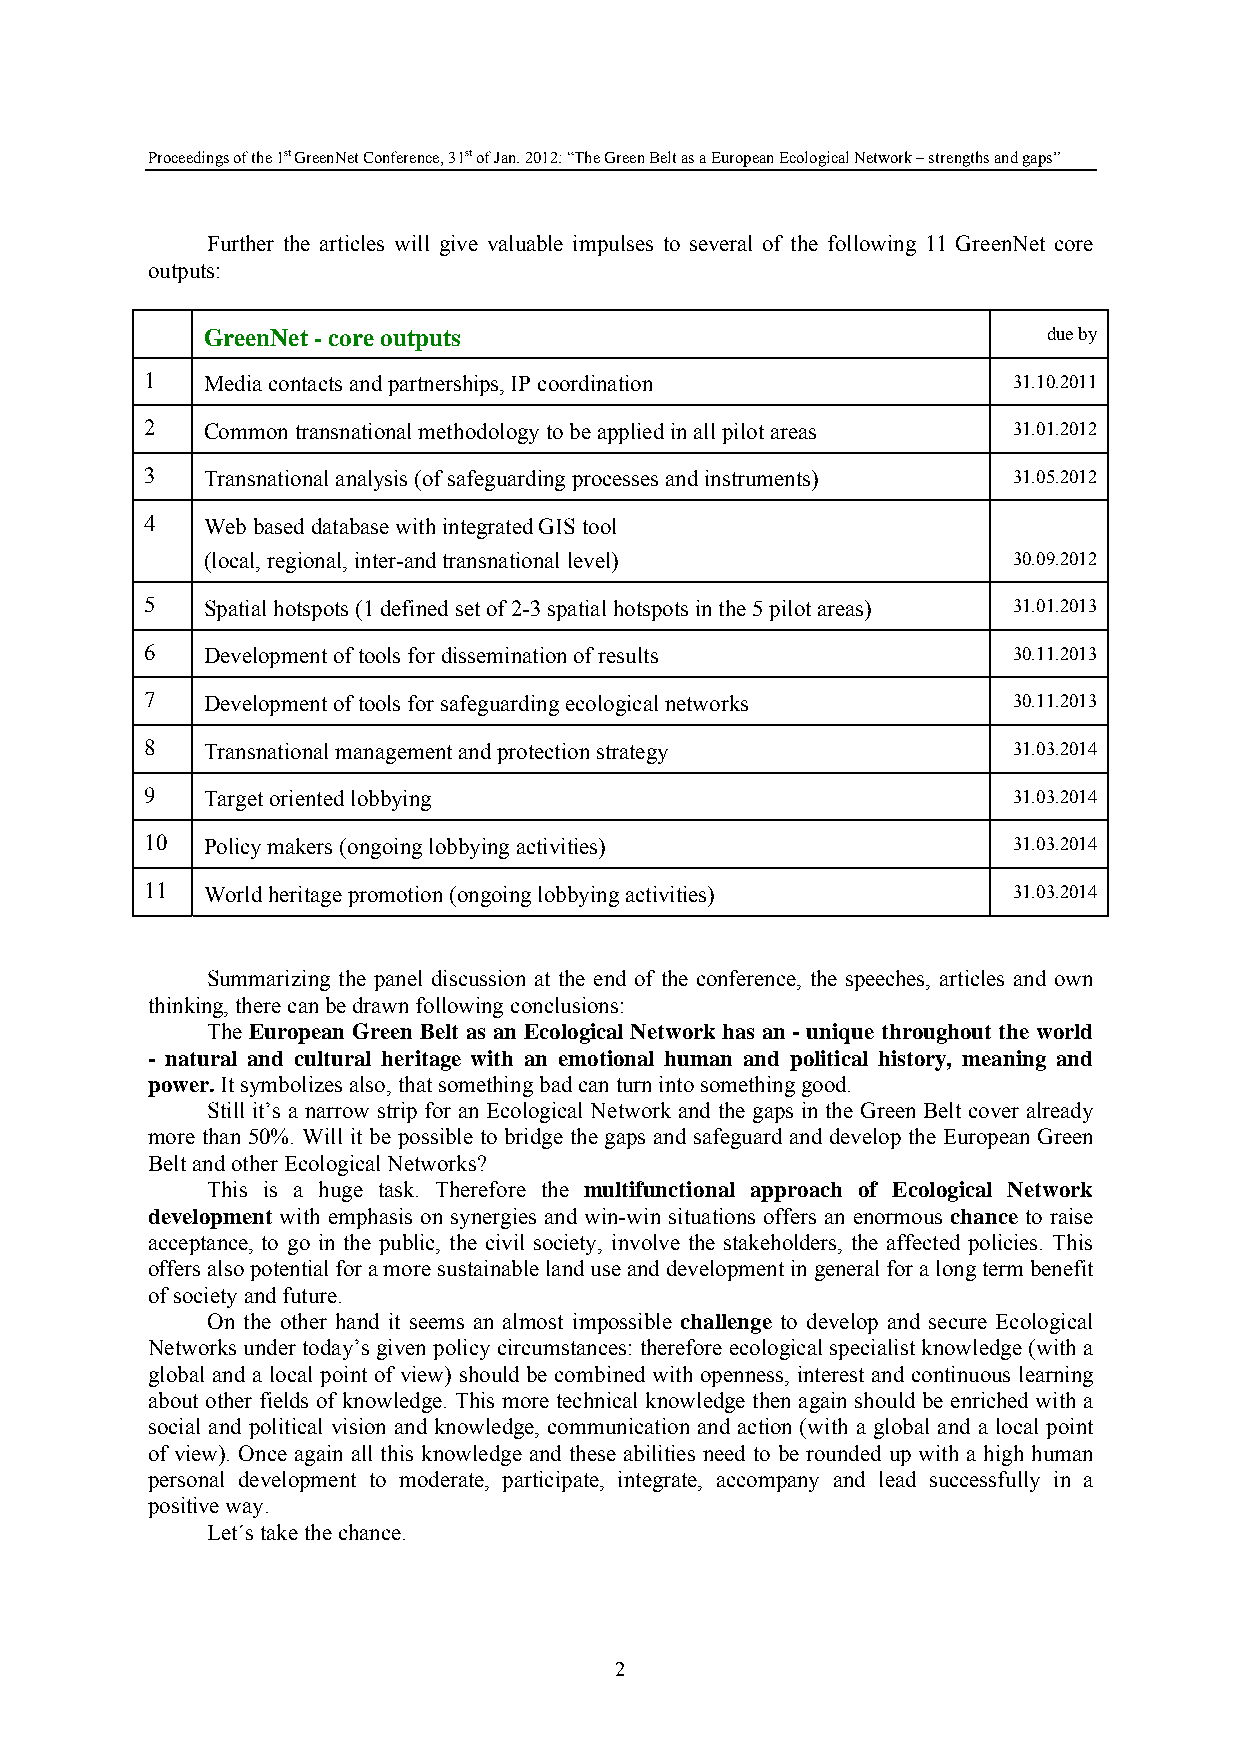
Proceedings of the 1st GreenNet Conference, 31st of Jan. 2012: “The Green Belt as a European Ecological Network – strengths and gaps”
 Further the articles will give valuable impulses to several of the following 11 GreenNet core
 outputs:
 GreenNet - core outputs                                 due by
 1  Media contacts and partnerships, IP coordination      31.10.2011
 2  Common transnational methodology to be applied in all pilot areas 31.01.2012
 3  Transnational analysis (of safeguarding processes and instruments) 31.05.2012
 4  Web based database with integrated GIS tool
 (local, regional, inter-and transnational level)      30.09.2012
 5  Spatial hotspots (1 defined set of 2-3 spatial hotspots in the 5 pilot areas) 31.01.2013
 6  Development of tools for dissemination of results     30.11.2013
 7  Development of tools for safeguarding ecological networks 30.11.2013
 8  Transnational management and protection strategy      31.03.2014
 9  Target oriented lobbying                              31.03.2014
 10 Policy makers (ongoing lobbying activities)           31.03.2014
 11 World heritage promotion (ongoing lobbying activities) 31.03.2014
 Summarizing the panel discussion at the end of the conference, the speeches, articles and own
 thinking, there can be drawn following conclusions:
 The European Green Belt as an Ecological Network has an - unique throughout the world
 - natural and cultural heritage with an emotional human and political history, meaning and
 power. It symbolizes also, that something bad can turn into something good.
 Still it’s a narrow strip for an Ecological Network and the gaps in the Green Belt cover already
 more than 50%. Will it be possible to bridge the gaps and safeguard and develop the European Green
 Belt and other Ecological Networks?
 This is a huge task. Therefore the multifunctional approach of Ecological Network
 development with emphasis on synergies and win-win situations offers an enormous chance to raise
 acceptance, to go in the public, the civil society, involve the stakeholders, the affected policies. This
 offers also potential for a more sustainable land use and development in general for a long term benefit
 of society and future.
 On the other hand it seems an almost impossible challenge to develop and secure Ecological
 Networks under today’s given policy circumstances: therefore ecological specialist knowledge (with a
 global and a local point of view) should be combined with openness, interest and continuous learning
 about other fields of knowledge. This more technical knowledge then again should be enriched with a
 social and political vision and knowledge, communication and action (with a global and a local point
 of view). Once again all this knowledge and these abilities need to be rounded up with a high human
 personal development to moderate, participate, integrate, accompany and lead successfully in a
 positive way.
 Let´s take the chance.
 2